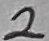
Text: 2